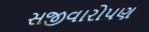
સજીવારોપણ